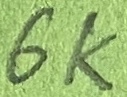
Text: 6K